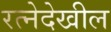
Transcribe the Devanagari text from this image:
रत्‍नेदेखील